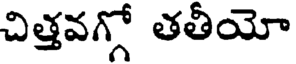
చిత్తవగ్గో తతీయో